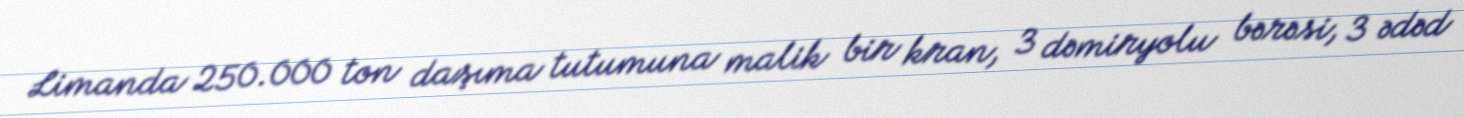
Limanda 250.000 ton daşıma tutumuna malik bir kran, 3 dəmiryolu bərəsi, 3 ədəd